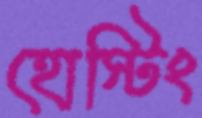
হোস্টিং